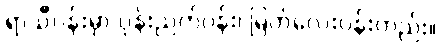
ရာသီပန်းမှာ ပုန်းညက်ပန်း၊ မြတ်လေးပန်းတည်း။